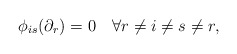
\begin{align*} \phi_{is}(\partial_r)=0 \quad\forall r\neq i\neq s\neq r, \end{align*}